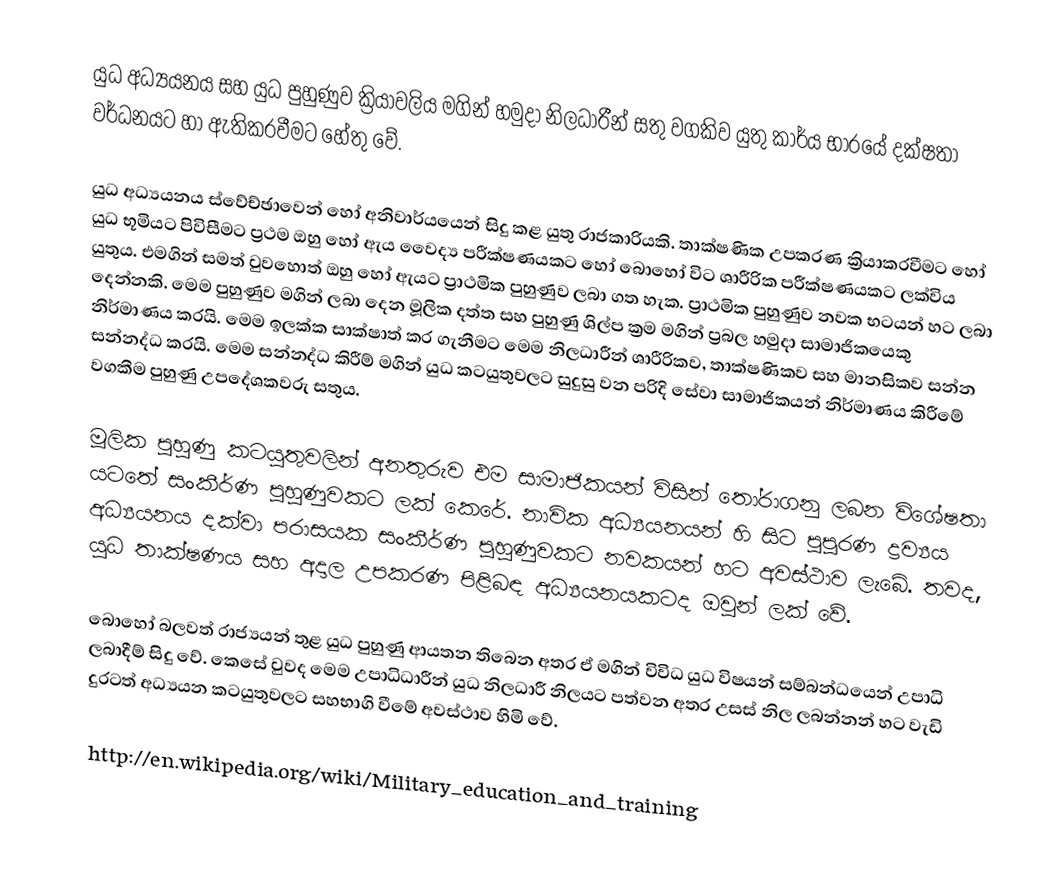
යුධ අධ්‍යයනය සහ යුධ  පුහුණුව ක්‍රියාවලිය මගින් හමුදා නිලධාරීන් සතු වගකිව යුතු කාර්ය භාරයේ දක්ෂතා වර්ධනයට හා ඇතිකරවීමට හේතු වේ.

යුධ අධ්‍යයනය ස්වේච්ඡාවෙන් හෝ අනිවාර්යයෙන් සිදු කළ යුතු රාජකාරියකි. තාක්ෂණික උපකරණ ක්‍රියාකරවීමට හෝ යුධ භූමියට පිවිසීමට ප්‍රථම ඔහු හෝ ඇය වෛද්‍ය පරීක්ෂණයකට හෝ බොහෝ විට ශාරීරික පරීක්ෂණයකට ලක්විය යුතුය. එමගින් සමත් වුවහොත් ඔහු හෝ ඇයට ප්‍රාථමික පුහුණුව ලබා ගත හැක. ප්‍රාථමික පුහුණුව නවක භටයන් හට ලබා දෙන්නකි. මෙම පුහුණුව මගින් ලබා දෙන මූලික දත්ත සහ පුහුණු ශිල්ප ක්‍රම මගින් ප්‍රබල හමුදා සාමාජිකයෙකු නිර්මාණය කරයි. මෙම ඉලක්ක සාක්ෂාත් කර ගැනීමට මෙම නිලධාරීන් ශාරීරිකව, තාක්ෂණිකව සහ මානසිකව සන්න සන්නද්ධ කරයි. මෙම සන්නද්ධ කිරීම් මගින් යුධ කටයුතුවලට සුදුසු වන පරිදි සේවා සාමාජිකයන් නිර්මාණය කිරීමේ වගකීම පුහුණු උපදේශකවරු සතුය.

මූලික පුහුණු කටයුතුවලින් අනතුරුව එම සාමාජිකයන් විසින් තෝරාගනු ලබන විශේෂතා යටතේ සංකීර්ණ පුහුණුවකට ලක් කෙරේ. නාවික  අධ්‍යයනයන් හි සිට පුපුරණ ද්‍රව්‍යය අධ්‍යයනය දක්වා පරාසයක සංකීර්ණ පුහුණුවකට නවකයන් හට අවස්ථාව ලැබේ. තවද, යුධ තාක්ෂණය සහ අදාල උපකරණ පිළිබඳ අධ්‍යයනයකටද ඔවුන් ලක් වේ.

බොහෝ බලවත් රාජ්‍යයන් තුළ යුධ පුහුණු ආයතන තිබෙන අතර ඒ මගින් විවිධ යුධ විෂයන් සම්බන්ධයෙන් උපාධි ලබාදීම් සිදු වේ. කෙසේ වුවද මෙම උපාධිධාරීන්  යුධ නිලධාරී නිලයට පත්වන අතර උසස් නිල ලබන්නන් හට වැඩි දුරටත් අධ්‍යයන කටයුතුවලට සහභාගි වීමේ අවස්ථාව හිමි වේ.

http://en.wikipedia.org/wiki/Military_education_and_training